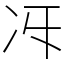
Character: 𠖱